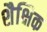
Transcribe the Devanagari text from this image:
शैक्षिक